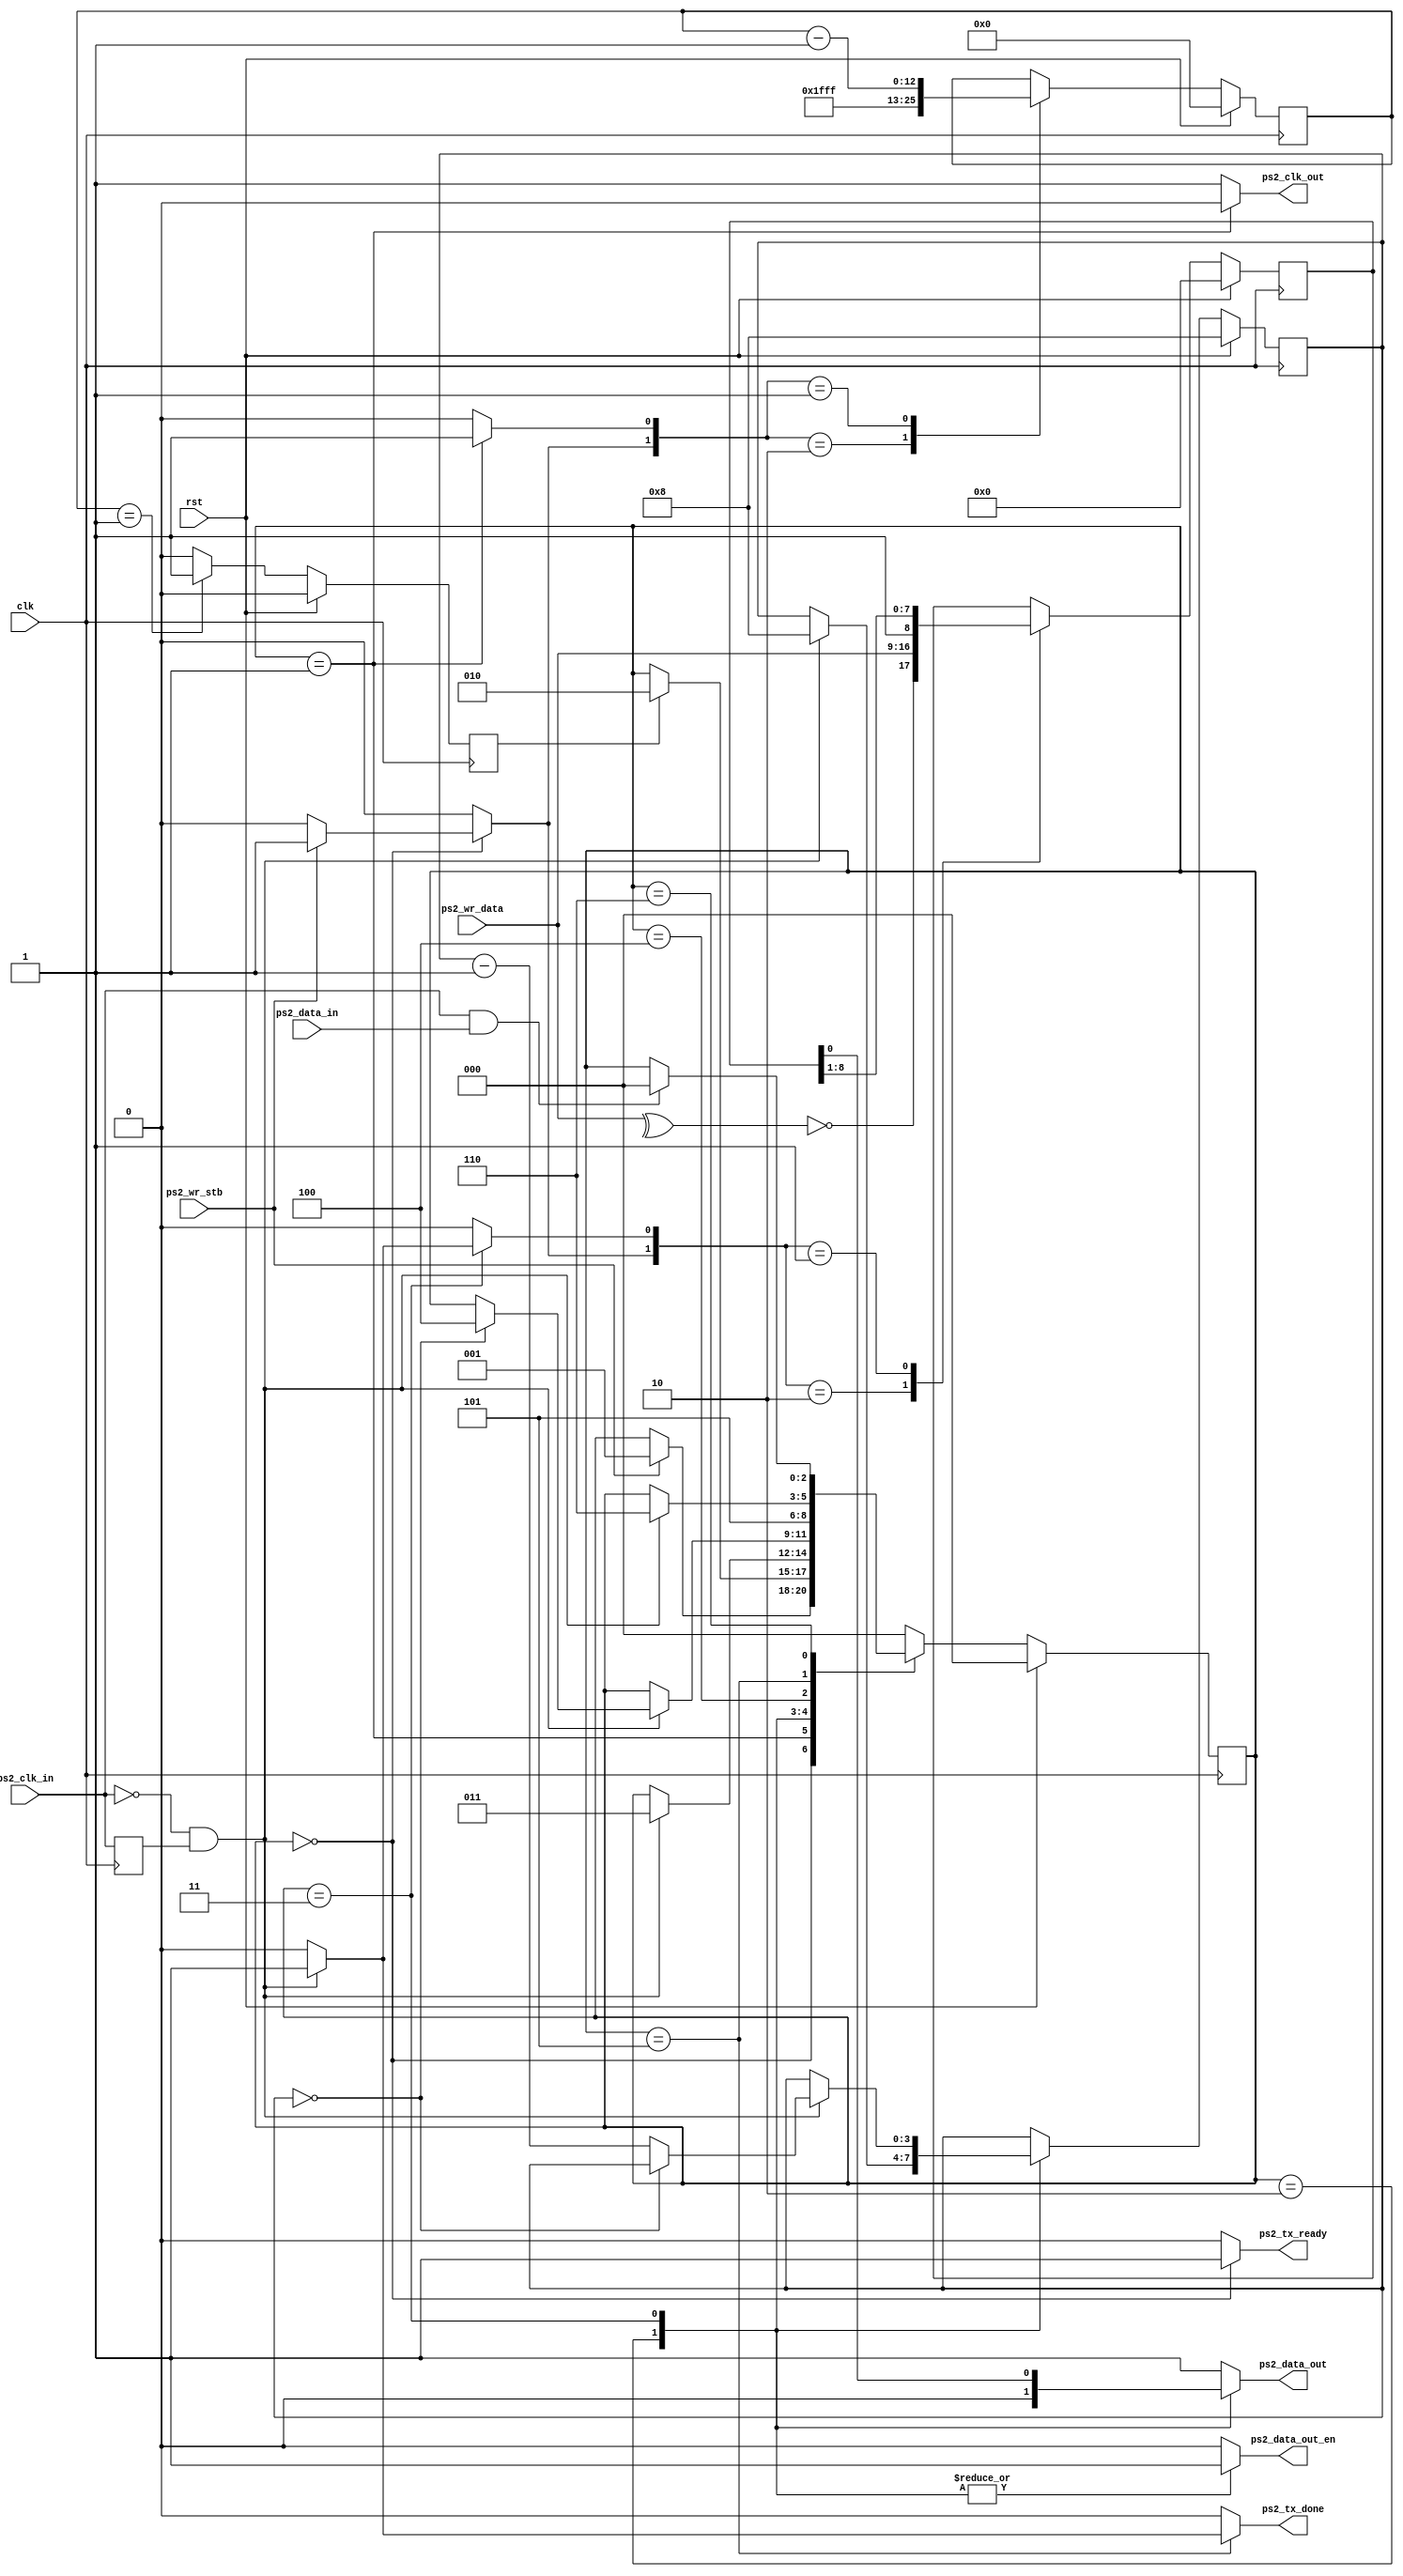
module ps2_host_tx (
   input        clk,
   input        rst,
   input        ps2_clk_in,
   input        ps2_data_in,
   input        ps2_wr_stb,
   input [7:0]  ps2_wr_data, 
   output reg   ps2_clk_out,
   output reg   ps2_data_out_en,
   output reg   ps2_data_out,
   output reg   ps2_tx_done,
   output reg   ps2_tx_ready   
);

// synthesis attribute keep of ps2_wr_stb is "true" 
// synthesis attribute keep of ps2_wr_data is "true" 
// synthesis attribute keep of state_r is "true" 
// synthesis attribute keep of state_nxt is "true" 
// synthesis attribute keep of ps2_clk_in is "true" 
// synthesis attribute keep of ps2_data_in is "true" 
// synthesis attribute keep of ps2_clk_out is "true" 
// synthesis attribute keep of ps2_data_out_en is "true" 
// synthesis attribute keep of ps2_data_out is "true" 
// synthesis attribute keep of cntr_zero is "true" 
// synthesis attribute keep of load_dout is "true" 
// synthesis attribute keep of dec_cntr is "true" 
// synthesis attribute keep of ps2_go is "true" 
// synthesis attribute keep of delay_cntr is "true" 
// synthesis attribute keep of load_cntr is "true" 

localparam IDLE  = 0 ,
          RESET   = 1 ,
          START = 2 ,
          DATA  = 3 ,
          STOP  = 4 ,
          ACK   = 5 ,
          WAIT  = 6 ;  



parameter  NUM_OF_BITS_FOR_100US   =  13 ; 


reg   ps2_clk_in_1d;
wire  ps2_clk_negedge, parity;
wire  ps2_go;
reg   [2:0]  state_r = IDLE; 
reg   [2:0]  state_nxt ; 
reg   [ NUM_OF_BITS_FOR_100US-1 : 0 ] delay_cntr ;   
reg   cntr_zero, load_cntr, dec_cntr ; 
reg   [8:0]  data_out ; 
reg   [3:0]  data_cnt = 4'h8 , data_cnt_nxt ; 
reg   load_dout, shift_dout, tran_err_no_ack ;  

always @( posedge clk ) begin
   ps2_clk_in_1d <= ps2_clk_in ; 
end

assign ps2_clk_negedge = ( ~ps2_clk_in )& ps2_clk_in_1d ;  

assign ps2_go = ps2_wr_stb ; 

// Counter for generating delay 
always @( posedge clk ) begin 
   if ( rst ) begin 
      delay_cntr  <= 0 ; 
      cntr_zero   <= 1'b0 ; 
   end else begin    
      if (  delay_cntr == 1  ) begin 
         cntr_zero <= 1'b1 ; 
      end else begin 
         cntr_zero <= 1'b0 ; 
      end

      case ( { load_cntr, dec_cntr } ) // synthesis parallel_case  
         2'b10 :  delay_cntr <= { NUM_OF_BITS_FOR_100US {1'b1} } ; 
         2'b01 :  delay_cntr <= delay_cntr - 1'b1 ; 
      endcase 
   end
end

// Odd parity biy
assign   parity   =  ~ ( ^ps2_wr_data ) ; 

always @( posedge clk ) begin 
   if ( rst ) begin 
      data_out <= 0 ; 
   end else begin    
      case ( { load_dout, shift_dout} )  //synthesis parallel_case 
         2'b10 : data_out <= { parity, ps2_wr_data }; 
         2'b01 : data_out <= { 1'b1, data_out[8:1] } ;             
      endcase 
   end    
end

always @( posedge clk) begin
   if ( rst ) begin 
      state_r    <= IDLE ; 
      data_cnt   <= 4'h8    ;
   end else begin 
      state_r  <= state_nxt ; 
      data_cnt <= data_cnt_nxt ;  
   end   
end


always @(*) begin 
   state_nxt      =  state_r;
   ps2_clk_out    =  1'b1;
   ps2_data_out_en =  1'b0;
   ps2_data_out   =  1'b1;
   load_dout      =  1'b0;
   shift_dout     =  1'b0;
   load_cntr      =  1'b0;
   dec_cntr       =  1'b0;
   data_cnt_nxt   =  data_cnt ; 
   ps2_tx_done    =  1'b0;
   tran_err_no_ack   =  1'b0; 
   ps2_tx_ready   = 1'b0 ; 
   case ( state_r  ) 
      IDLE : begin 
         ps2_tx_ready = 1'b1 ; 
         if ( ps2_go ) begin 
            state_nxt   =  RESET;        
            load_dout   =  1'b1; 
            load_cntr   =  1'b1;
         end   
      end 
      RESET : begin
         ps2_clk_out = 1'b0 ; 
         dec_cntr    = 1'b1 ; 
         if ( cntr_zero ) 
            state_nxt   =  START ; 
      end
      START: begin 
         ps2_data_out_en   =  1'b1;
         ps2_data_out      =  1'b0;
         if ( ps2_clk_negedge )  begin
            state_nxt      =  DATA;
            data_cnt_nxt   =  4'h8 ; 
               end   
      end
      DATA : begin
         ps2_data_out_en   =  1'b1;
         ps2_data_out      =  data_out[0] ; 
         if ( ps2_clk_negedge ) begin 
            shift_dout     =  1'b1 ;  
            if ( data_cnt  == 0 ) 
               state_nxt   =  STOP; 
            else  
               data_cnt_nxt   =  data_cnt - 1'b1 ;
         end   
      end  
      STOP : begin
         state_nxt  =  ACK ; 
      end   
      ACK  : begin         
         if ( ps2_clk_negedge ) begin 
            state_nxt   =  WAIT ; 
            ps2_tx_done     =  1'b1 ; 
            if ( ps2_data_in == 1'b1 ) begin
               tran_err_no_ack = 1'b1 ; 
            end   
         end
      end     
      WAIT:  begin
         if ( ps2_clk_in && ps2_data_in ) begin 
            state_nxt   =  IDLE ;   
         end   
      end
      default :  state_nxt = IDLE ; 
   endcase 
end 

endmodule